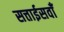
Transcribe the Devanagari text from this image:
सत्ताईसवाँ